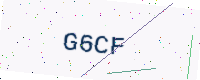
Text: G6CF